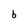
Character: b